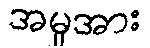
အမှုအား